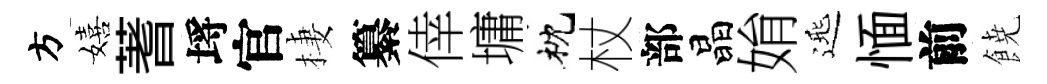
方嬉蓍埓官棲纂倖墉枕杖部晶姢𨓱愐前𩜙